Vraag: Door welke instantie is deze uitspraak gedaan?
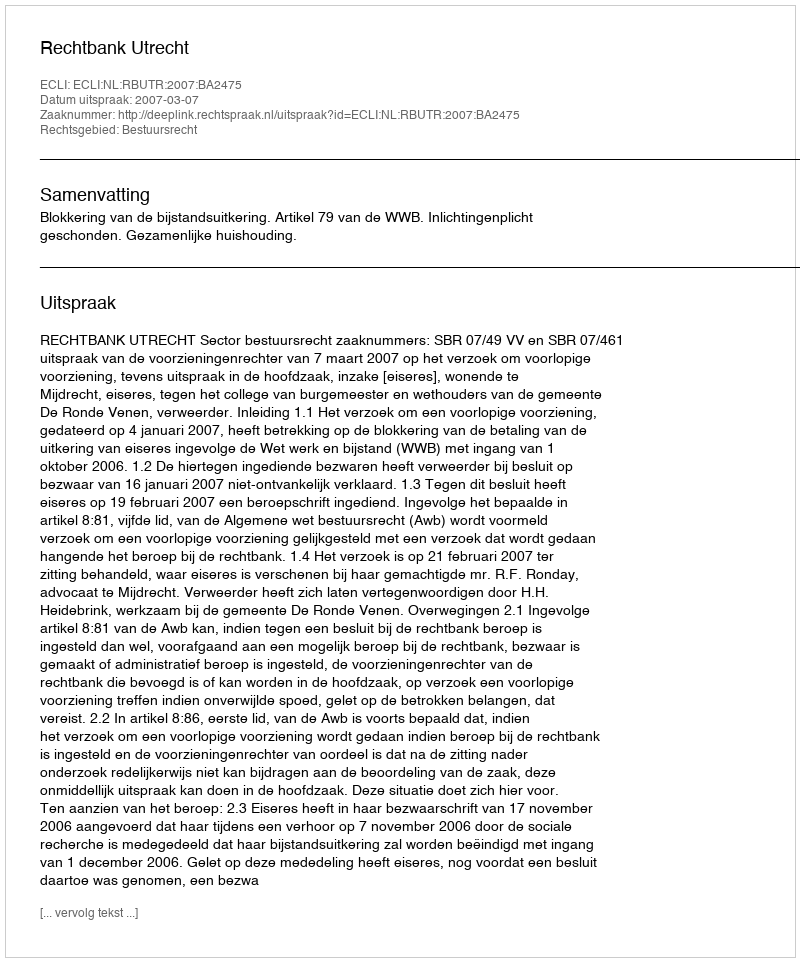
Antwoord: Rechtbank Utrecht